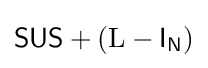
{\mathsf {SUS}}+(\mathrm {L} -{\mathsf {I}}_{\mathsf {N}})